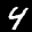
Label: 4